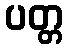
ပတ္တ